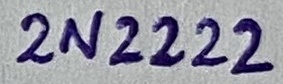
Text: 2N2222